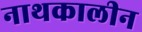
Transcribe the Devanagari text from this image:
नाथकालीन